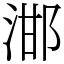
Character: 𣵷